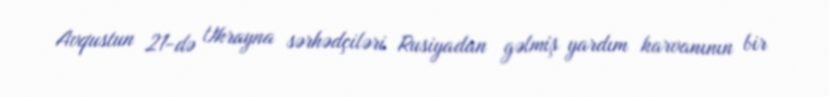
Avqustun 21-də Ukrayna sərhədçiləri Rusiyadan gəlmiş yardım karvanının bir